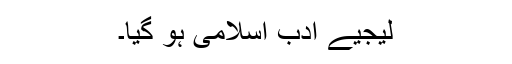
لیجیے ادب اسلامی ہو گیا۔